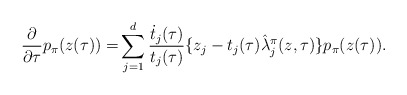
\begin{align*}\frac{\partial }{\partial \tau} p_\pi (z (\tau))= & \sum^d_{j=1} \frac{\dot{t}_j(\tau)}{t_j(\tau)} \{z_j - t_j(\tau) \hat{\lambda}^\pi_j(z,\tau)\}p_\pi (z (\tau)).\end{align*}